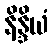
နိန္ဒိယံ